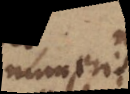
numeris